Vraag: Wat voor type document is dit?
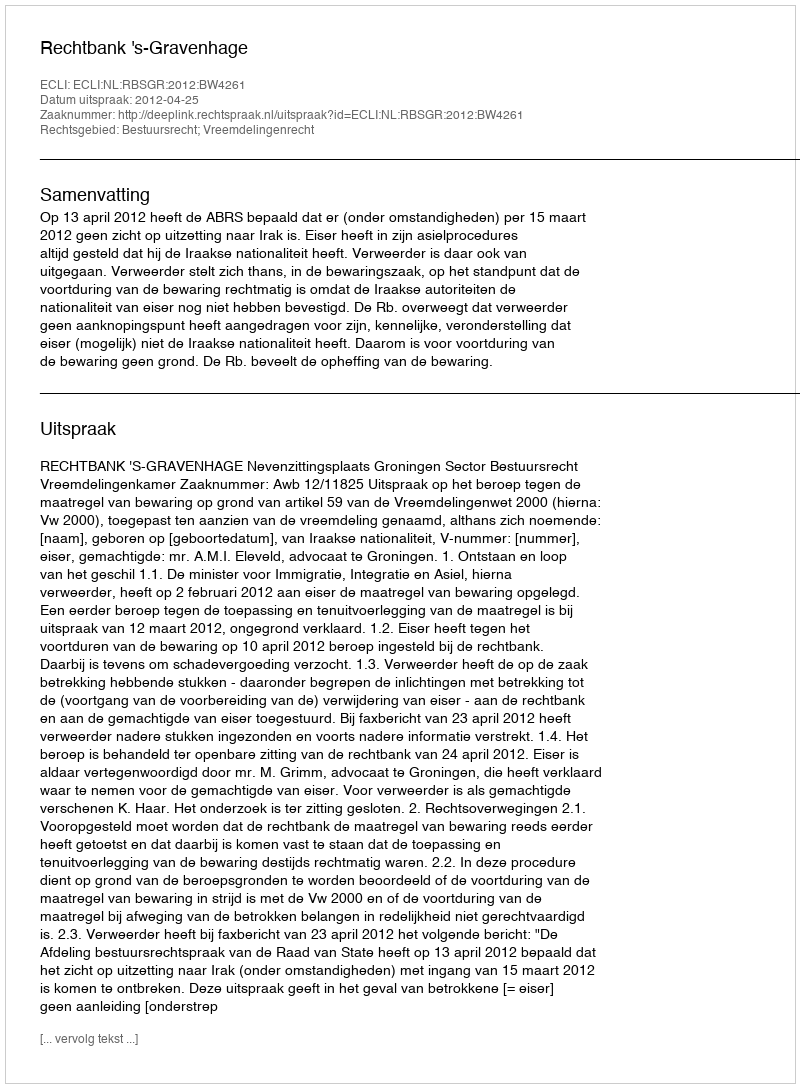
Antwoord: Uitspraak